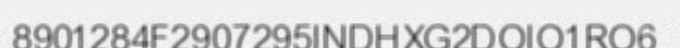
8901284F2907295INDHXG2DOIO1RO6